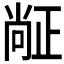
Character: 𬆅